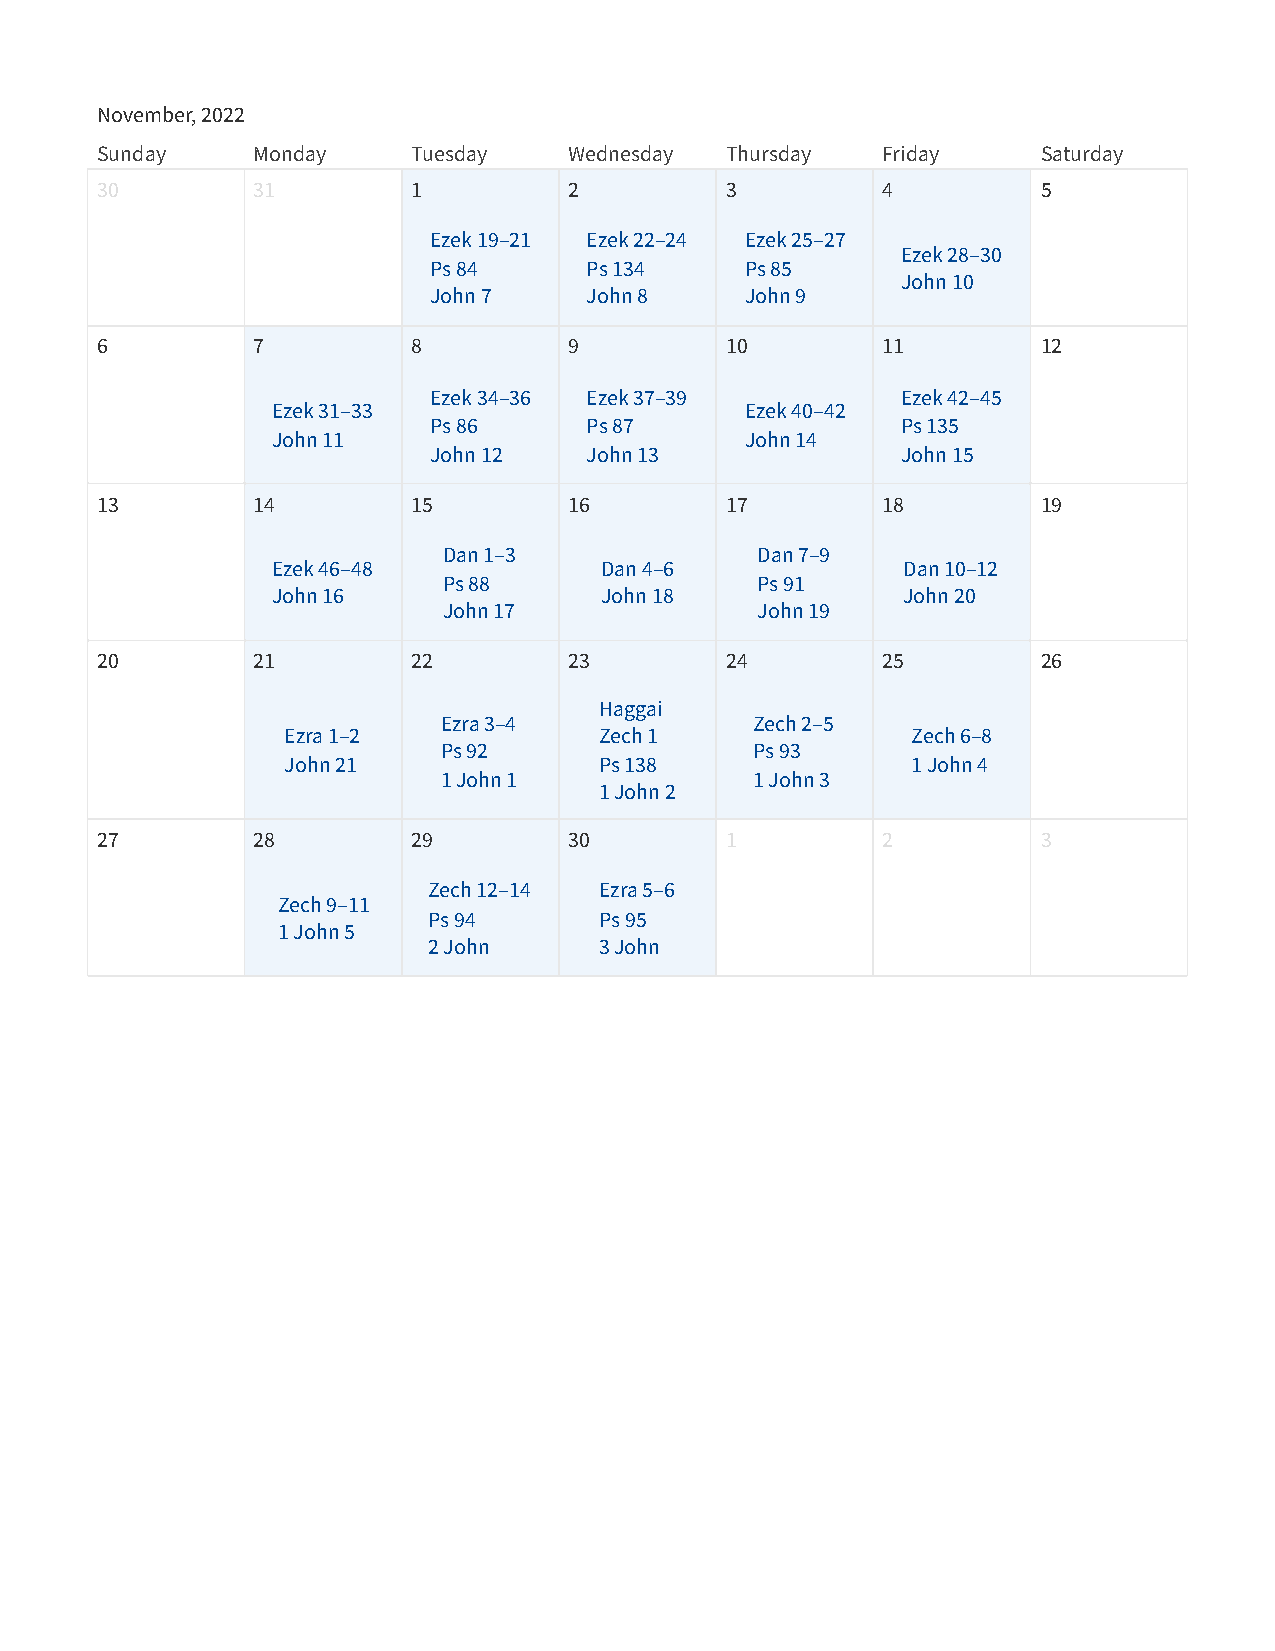
November, 2022
 Sunday     Monday    Tuesday    Wednesday Thursday  Friday     Saturday
 30         31        1          2         3         4          5
 Ezek 19–21 Ezek 22–24 Ezek 25–27
 Ezek 28–30
 Ps 84      Ps 134    Ps 85
 John 10
 John 7     John 8    John 9
 6          7         8          9         10        11         12
 Ezek 34–36 Ezek 37–39           Ezek 42–45
 Ezek 31–33                     Ezek 40–42
 Ps 86      Ps 87                Ps 135
 John 11                        John 14
 John 12    John 13              John 15
 13         14        15         16        17        18         19
 Dan 1–3              Dan 7–9
 Ezek 46–48            Dan 4–6             Dan 10–12
 Ps 88                Ps 91
 John 16               John 18             John 20
 John 17              John 19
 20         21        22         23        24        25         26
 Haggai
 Ezra 3–4             Zech 2–5
 Ezra 1–2             Zech 1              Zech 6–8
 Ps 92                Ps 93
 John 21              Ps 138              1 John 4
 1 John 1             1 John 3
 1 John 2
 27         28        29         30        1         2          3
 Zech 12–14  Ezra 5–6
 Zech 9–11
 Ps 94       Ps 95
 1 John 5
 2 John      3 John